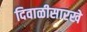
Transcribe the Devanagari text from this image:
दिवाळीसारखे